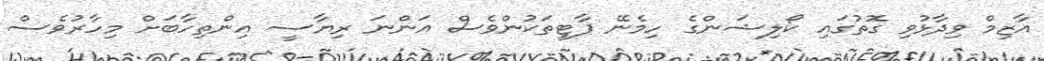
އާޒިމް ވިދާޅުވި ގޮތުގައި ކޯލިޝަންގެ ހިމެނޭ ޕާޓީތަކުންވެސް އަންނަ ރިޔާސީ އިންތިހާބަށް މިހާރުވެސް